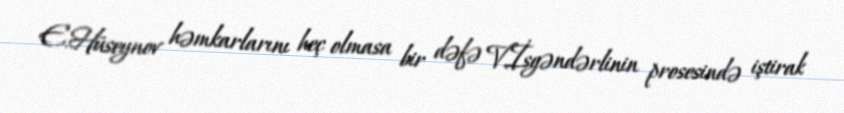
E.Hüseynov həmkarlarını heç olmasa bir dəfə V.İsgəndərlinin prosesində iştirak